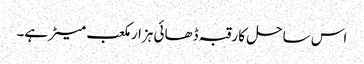
اس ساحل کا رقبہ ڈھائی ہزار مکعب میٹر ہے۔